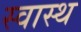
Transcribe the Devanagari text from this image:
स्‍वास्थ